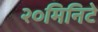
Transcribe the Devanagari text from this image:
२०मिनिटे